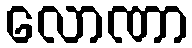
လောဏာ